NAE_EAOK_eestikeelsed_sunnimeetrikad, lk 256
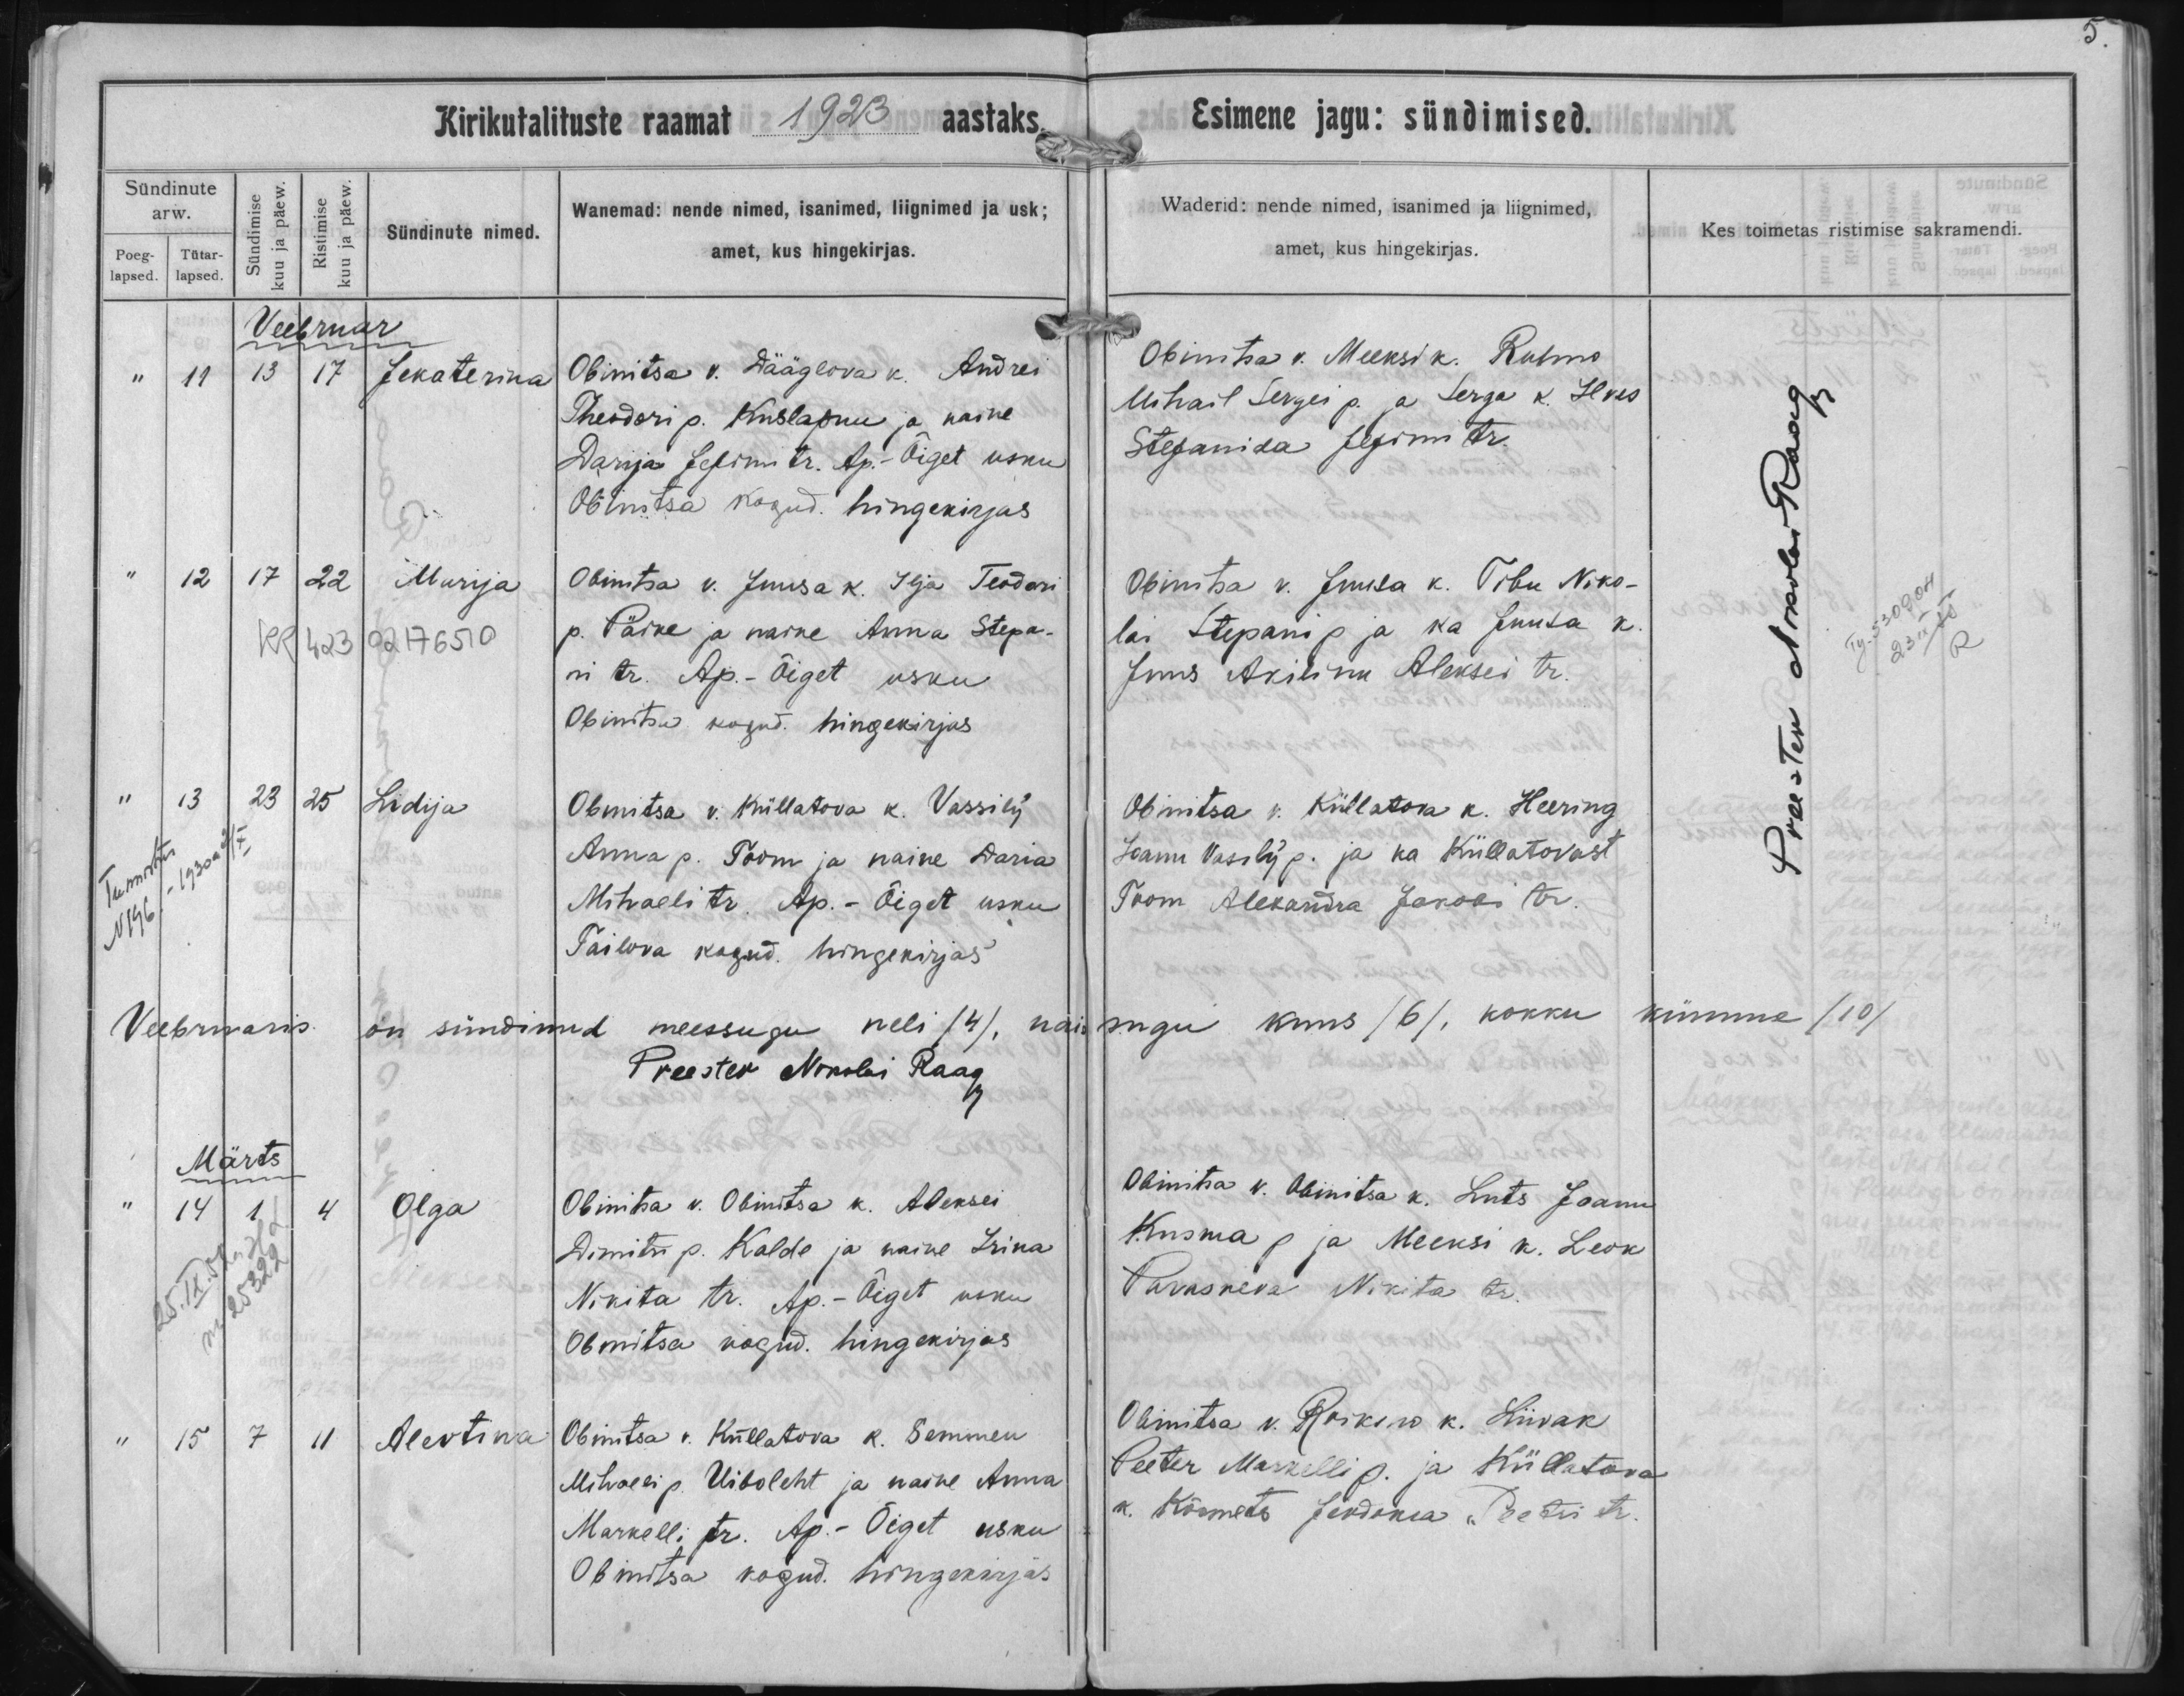
Jekaterina

Marija

Liidija

Olga

Alevtina

Obinitsa v. Dääglova k. Andrei
Theodori p. Kuslapuu ja naine
Darija Jefimi tr. Ap.-Õiget usku
Obinitsa kogud. hingekirjas

Obinitsa v. Juusa k. Ilja Feodori
p. Pärke ja naine Anna Stepa-
ni tr Ap.-Õiget usku
Obinitsa kogud. hingekirjas

Obinitsa v. Küllatova k. Vassilij
Anna p. Poom ja naine Daria
Mihaeli tr. Ap.-Õiget usku
Tailova kogud. hingekirjas

Obinitsa v. Obinitsa k. Aleksei
Dimitri p. Kalde ja naine Irina
Nikita tr. Ap.-Õiget usku
Obinitsa kogud. hingekirjas.

Obinitsa v. Küllatova k. Semmen
Mihaeli p. Uiboleht ja naine Anna
Markelli tr. Ap.-Õiget usku
Obinitsa kogud. hingekirjas.